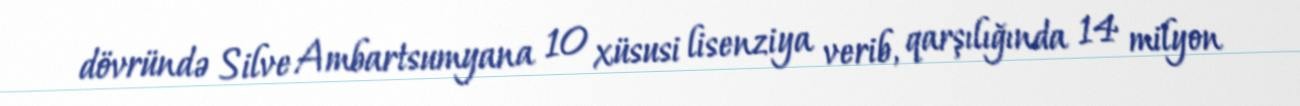
dövründə Silve Ambartsumyana 10 xüsusi lisenziya verib, qarşılığında 14 milyon